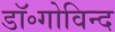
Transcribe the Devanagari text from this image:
डॉ॰गोविन्द